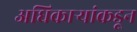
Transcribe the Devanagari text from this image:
अधिकार्‍यांकडून